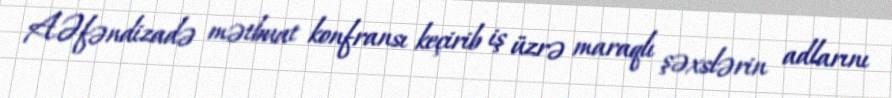
A.Əfəndizadə mətbuat konfransı keçirib iş üzrə maraqlı şəxslərin adlarını